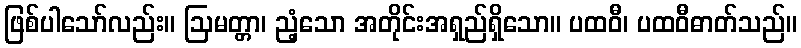
ဖြစ်ပါသော်လည်း။ ဩမတ္တာ၊ ညံ့သော အတိုင်းအရှည်ရှိသော။ ပထဝီ၊ ပထဝီဓာတ်သည်။